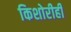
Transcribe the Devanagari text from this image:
किशोरीही